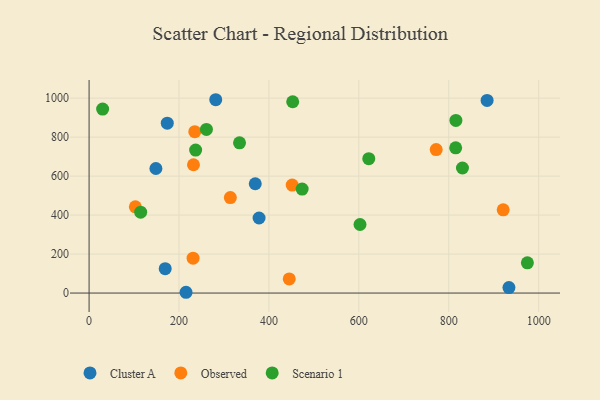
{"axis": {"x": "Study Hours", "y": "Exam Score"}, "legend": ["Cluster A", "Observed", "Scenario 1"], "data": [{"x": "215.6", "y": 4.0, "type": "Cluster A"}, {"x": "378.1", "y": 385.1, "type": "Cluster A"}, {"x": "885.3", "y": 988.3, "type": "Cluster A"}, {"x": "933.9", "y": 28.2, "type": "Cluster A"}, {"x": "369.6", "y": 560.8, "type": "Cluster A"}, {"x": "281.7", "y": 991.9, "type": "Cluster A"}, {"x": "148.6", "y": 639.0, "type": "Cluster A"}, {"x": "173.9", "y": 871.5, "type": "Cluster A"}, {"x": "169.3", "y": 125.0, "type": "Cluster A"}, {"x": "314.2", "y": 489.9, "type": "Observed"}, {"x": "921.1", "y": 427.0, "type": "Observed"}, {"x": "231.3", "y": 178.8, "type": "Observed"}, {"x": "445.2", "y": 72.3, "type": "Observed"}, {"x": "102.9", "y": 442.3, "type": "Observed"}, {"x": "235.1", "y": 827.9, "type": "Observed"}, {"x": "232.2", "y": 658.2, "type": "Observed"}, {"x": "451.8", "y": 554.2, "type": "Observed"}, {"x": "772.1", "y": 736.1, "type": "Observed"}, {"x": "261.0", "y": 839.5, "type": "Scenario 1"}, {"x": "830.5", "y": 641.7, "type": "Scenario 1"}, {"x": "815.4", "y": 744.9, "type": "Scenario 1"}, {"x": "602.6", "y": 351.6, "type": "Scenario 1"}, {"x": "815.9", "y": 885.9, "type": "Scenario 1"}, {"x": "473.9", "y": 533.3, "type": "Scenario 1"}, {"x": "622.1", "y": 689.4, "type": "Scenario 1"}, {"x": "30.1", "y": 943.9, "type": "Scenario 1"}, {"x": "452.9", "y": 981.4, "type": "Scenario 1"}, {"x": "237.0", "y": 733.6, "type": "Scenario 1"}, {"x": "974.9", "y": 155.2, "type": "Scenario 1"}, {"x": "334.6", "y": 770.8, "type": "Scenario 1"}, {"x": "114.7", "y": 415.2, "type": "Scenario 1"}]}